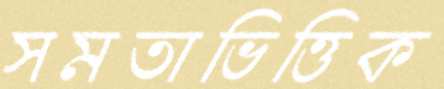
সমতাভিত্তিক